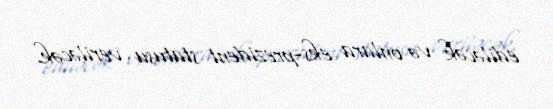
ediləcək və onlara eks-prezident statusu veriləcək.